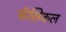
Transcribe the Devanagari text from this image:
फॅसिकल